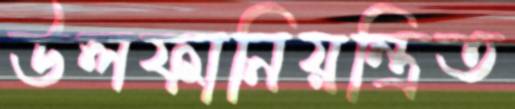
উলফানিয়ন্ত্রিত